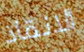
الانقاذ